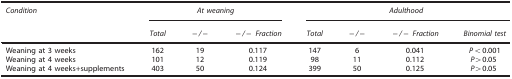
<table><thead><tr><td><b><i>Condition</i></b></td><td colspan="3"><b><i>At weaning</i></b></td><td colspan="4"><b><i>Adulthood</i></b></td></tr><tr><td><b> </b></td><td><b><i>Total</i></b></td><td><b><i>−/−</i></b></td><td><b><i>−/− Fraction</i></b></td><td><b><i>Total</i></b></td><td><b><i>−/−</i></b></td><td><b><i>−/− Fraction</i></b></td><td><b><i>Binomial test</i></b></td></tr></thead><tbody><tr><td>Weaning at 3 weeks</td><td>162</td><td>19</td><td>0.117</td><td>147</td><td>6</td><td>0.041</td><td><i>P</i>&lt;0.001</td></tr><tr><td>Weaning at 4 weeks</td><td>101</td><td>12</td><td>0.119</td><td>98</td><td>11</td><td>0.112</td><td><i>P&gt;</i>0.05</td></tr><tr><td>Weaning at 4 weeks+supplements</td><td>403</td><td>50</td><td>0.124</td><td>399</td><td>50</td><td>0.125</td><td><i>P&gt;</i>0.05</td></tr></tbody></table>